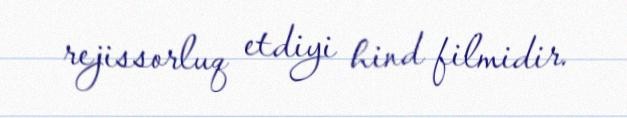
rejissorluq etdiyi hind filmidir.